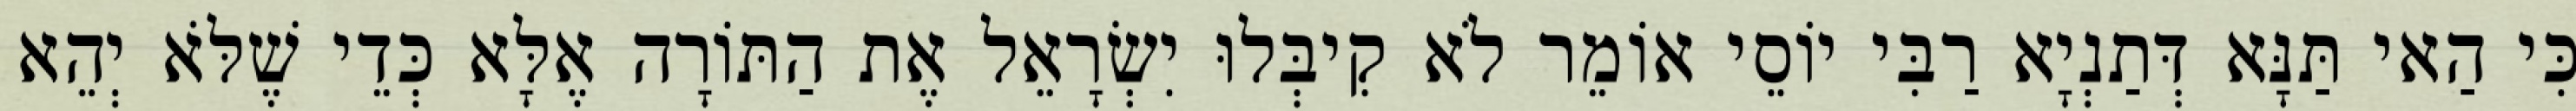
כִּי הַאי תַּנָּא דְּתַנְיָא רַבִּי יוֹסֵי אוֹמֵר לֹא קִיבְּלוּ יִשְׂרָאֵל אֶת הַתּוֹרָה אֶלָּא כְּדֵי שֶׁלֹּא יְהֵא